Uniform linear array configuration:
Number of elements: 24
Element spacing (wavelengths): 0.25
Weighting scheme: kaiser
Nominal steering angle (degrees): -45
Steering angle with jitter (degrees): -45.003
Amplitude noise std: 0.05
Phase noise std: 0.05

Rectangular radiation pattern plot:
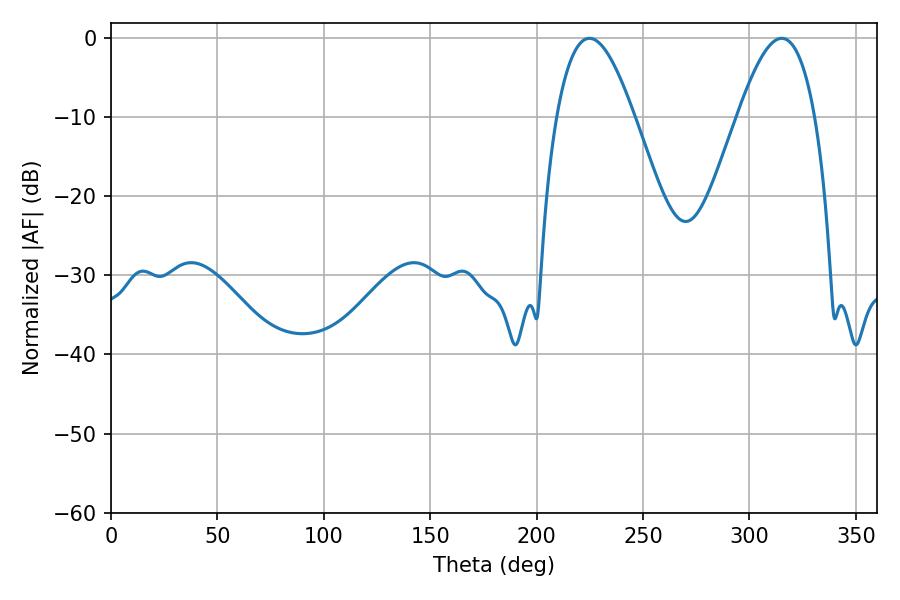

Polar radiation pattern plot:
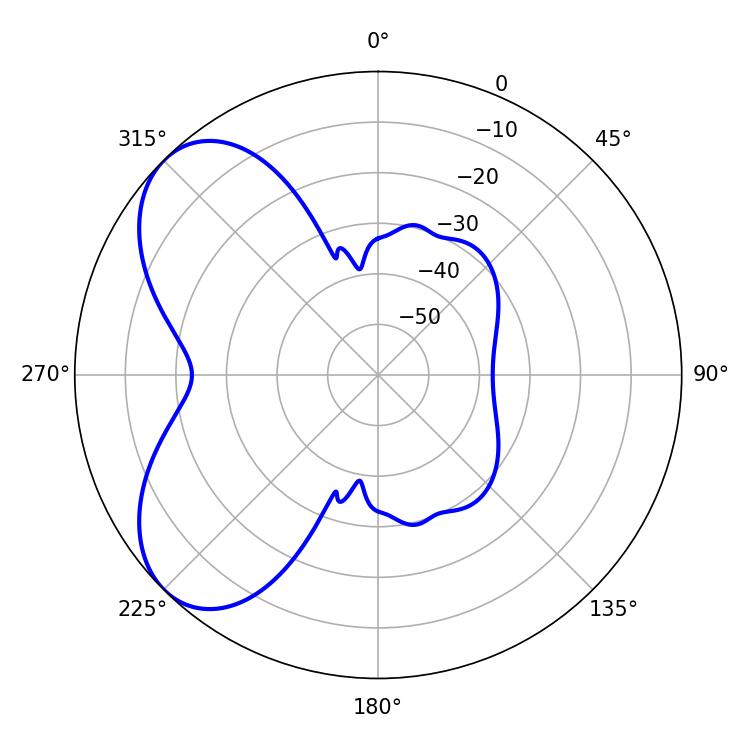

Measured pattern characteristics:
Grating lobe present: FALSE
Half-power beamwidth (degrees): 19.8
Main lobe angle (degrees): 224.82